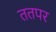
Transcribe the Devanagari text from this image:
ततपर